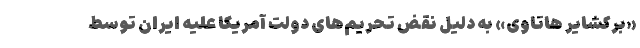
«برکشایر هاتاوی» به دلیل نقض تحریم‌های دولت آمریکا علیه ایران توسط